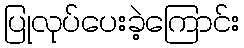
ပြုလုပ်ပေးခဲ့ကြောင်း